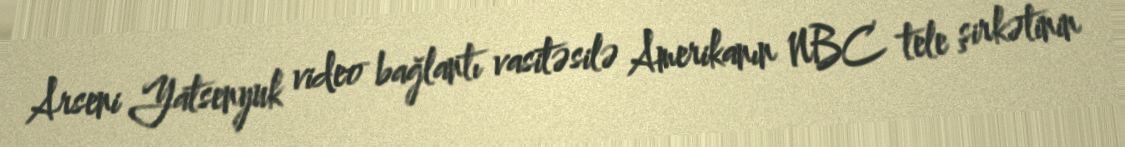
Arseni Yatsenyuk video bağlantı vasitəsilə Amerikanın NBC tele şirkətinin